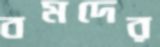
বমদের